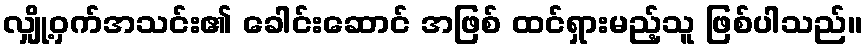
လျှို့ဝှက်အသင်း၏ ခေါင်းဆောင် အဖြစ် ထင်ရှားမည့်သူ ဖြစ်ပါသည်။